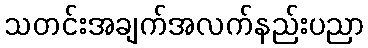
သတင်းအချက်အလက်နည်းပညာ